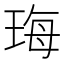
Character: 珻